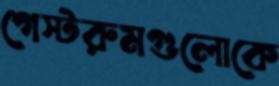
গেস্টরুমগুলোকে